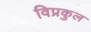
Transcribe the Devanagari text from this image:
विप्रकुल